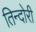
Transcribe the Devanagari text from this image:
तिन्दोरी